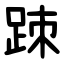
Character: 䟱